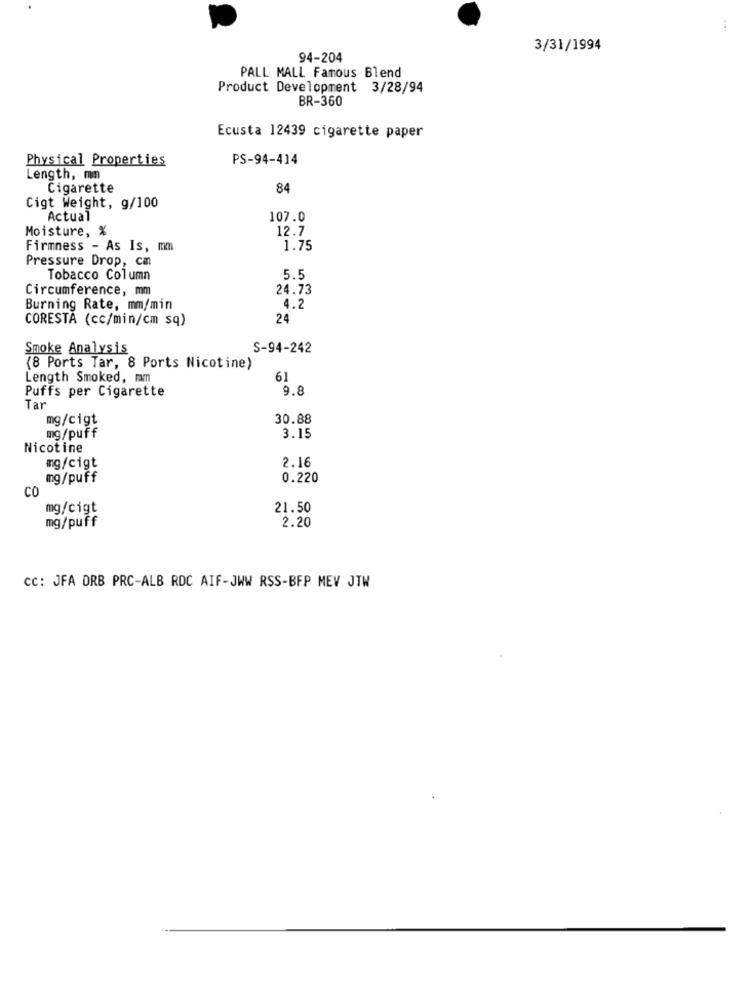
3/31/1994
94-204
PALL MALL Famous Blend
Product Development 3/28/94
BR-360
Ecusta 12439 cigarette paper
Physical Properties
PS-94-414
Length, mm
Cigarette
84
Cigt Weight, g/100
Actual
107.0
Moisture, %
12.7
Firmness - As Is, mm
1.75
Pressure Drop, cm
Tobacco Column
5.5
Circumference, mm
24.73
Burning Rate, mm/min
4.2
CORESTA (cc/min/cm sq)
24
Smoke Analysis
S-94-242
(8 Ports Tar, 8 Ports Nicotine)
Length Smoked, rm
61
Puffs per Cigarette
9.8
Tar
mg/cigt
30.88
mg/puff
3.15
Nicotine
2.16
mg/cigt
mg/puff
0.220
CO
mg/cigt
21.50
mg/puff
2.20
cc: JFA DRB PRC-ALB RDC AIF-JWW RSS-BFP MEV JTW